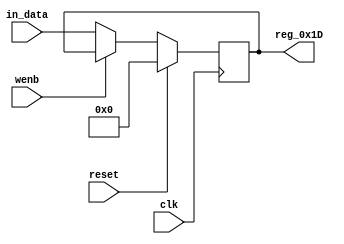
module r_CC_STATUS(output reg [7:0] reg_0x1D, input wire reset, input wire wenb, input wire [7:0] in_data, input wire clk);
	always@(posedge clk)
	begin
		if(reset==0) begin
			if(wenb==0)
				reg_0x1D<=in_data;
			else
				reg_0x1D<=reg_0x1D;
		end
		else
			reg_0x1D<=8'h00;
	end
endmodule